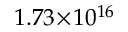
1 . 7 3 \! \times \! 1 0 ^ { 1 6 }